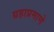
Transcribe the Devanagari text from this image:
ग्रहाप्रमाणे